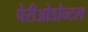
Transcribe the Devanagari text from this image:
पेरीओडोन्टल